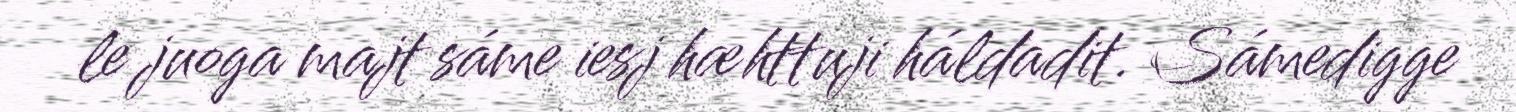
le juoga majt sáme iesj hæhttuji háldadit. Sámedigge